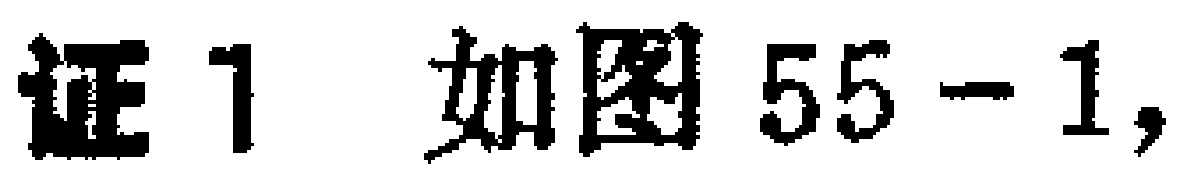
证1 如图55-1,